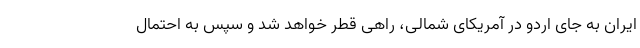
ایران به جای اردو در آمریکای شمالی، راهی قطر خواهد شد و سپس به احتمال